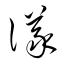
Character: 議